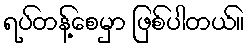
ရပ်တန့်စေမှာ ဖြစ်ပါတယ်။